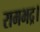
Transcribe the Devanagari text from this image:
रामभद्र।